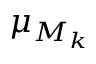
\mu _ { M _ { k } }